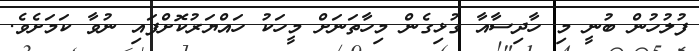
ފުލުހުން ބުނީ މި ހާދިސާއާ ގުޅިގެން މިހާތަނަށް މީހަކު ހައްޔަރުކޮށްފައި ނުވާ ކަމަށެވެ.